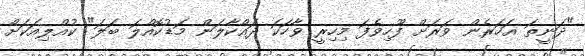
"ދަނީތަ އަހަރެން ވަރަށް ފޫހިވެފަ މިހިރީ ވާހަކަ ދައްކާލަން މަޑުކޮއްލަ ބަލަ" ކުއްލިއަކަށް